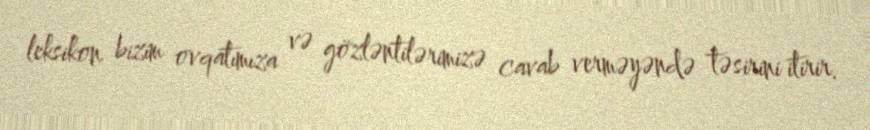
leksikon bizim ovqatımıza və gözləntilərimizə cavab verməyəndə təsirini itirir.